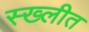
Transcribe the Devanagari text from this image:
स्ख्लीत